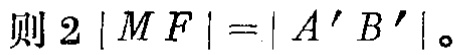
则 \(2|MF| = |A'B'|\)。